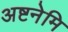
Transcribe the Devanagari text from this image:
अष्टनेमि